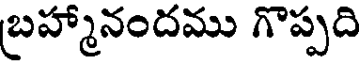
బ్రహ్మానందము గొప్పది